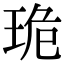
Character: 𤥕